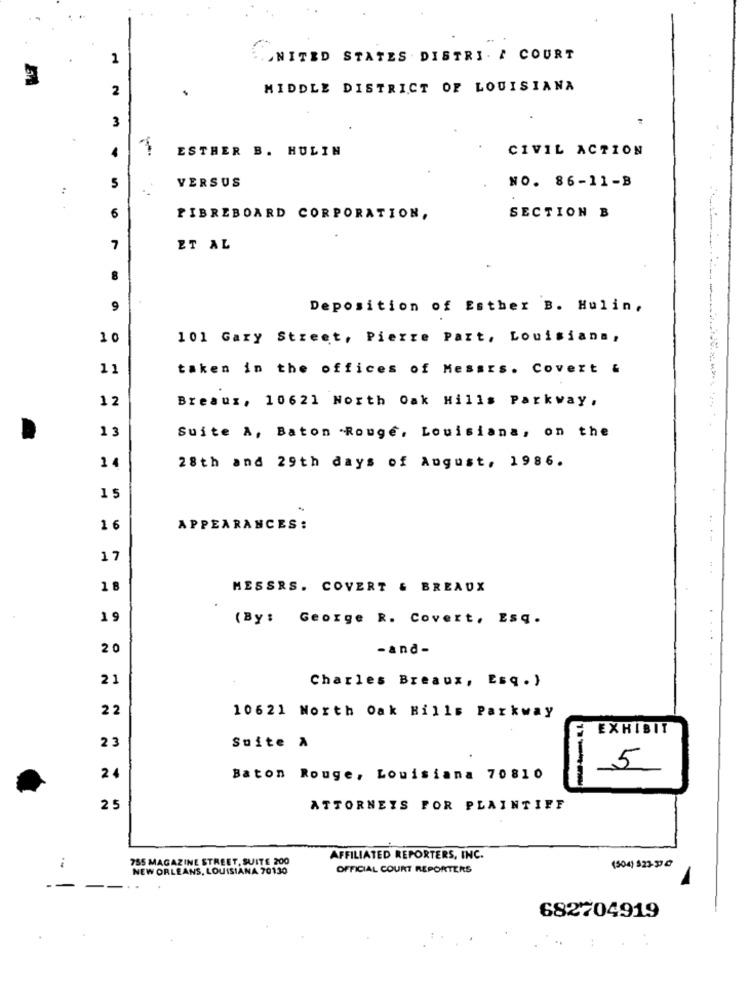
1
UNITED STATES . DISTRI. / COURT
2
MIDDLE DISTRICT OF LOUISIANA
3
ESTHER B. HULIN
CIVIL ACTION
.
VERSUS
:
5
NO. 86-11-B
SECTION B
6
FIBREBOARD CORPORATION,
7
ET AL
8
9
Deposition of Esther B. Hulin.
O
101 Gary Street, Pierre Part, Louisiana ,
11
taken in the offices of Messrs. Covert &
12
Breaux, 10621 North Oak Hills Parkway.
13
Suite A, Baton Rouge, Louisiana, on the
14
28th and 29th days of August, 1986.
1 5
1 6
APPEARANCES :
---
17
MESSRS. COVERT & BREAUX
(By: George R. Covert, Esq.
20
-and-
21
Charles Breaux, Esq. )
22
10621 North Oak Hills Parkway
EXHIBIT
2 3
Suite À
5
24
Baton Rouge, Louisiana 70810
25
ATTORNEYS FOR PLAINTIFF
785 MAGAZINE STREET, SUITE 200
AFFILIATED REPORTERS, INC.
NEW ORLEANS, LOUISIANA 70130
OFFICIAL COURT REPORTERS
(504) 523-9
.. .
682704919